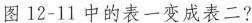
图12-11中的表一变成表二?